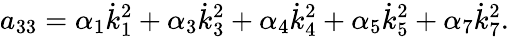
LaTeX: a_{33}=\alpha_{1}\dot{k}_{1}^{2}+\alpha_{3}\dot{k}_{3}^{2}+\alpha_{4}\dot{k}_{4}^{2}+\alpha_{5}\dot{k}_{5}^{2}+\alpha_{7}\dot{k}_{7}^{2}.